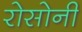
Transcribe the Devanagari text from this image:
रोसोनी